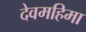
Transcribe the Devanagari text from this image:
देवमहिमा